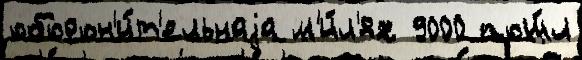
оборон'и́т'ельнаjа м'и́л'ях 9000 пош́л